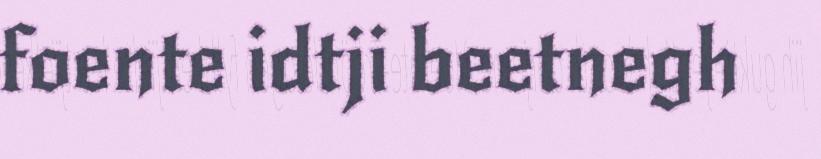
foente idtji beetnegh